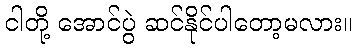
ငါတို့ အောင်ပွဲ ဆင်နိုင်ပါတော့မလား။